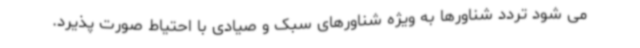
می شود تردد شناورها به ویژه شناورهای سبک و صیادی با احتیاط صورت پذیرد.